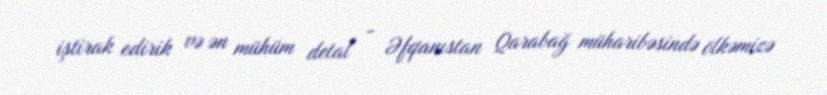
iştirak edirik və ən mühüm detal - Əfqanıstan Qarabağ müharibəsində ölkəmizə